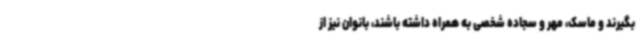
بگیرند و ماسک، مهر و سجاده شخصی به همراه داشته باشند، بانوان نیز از